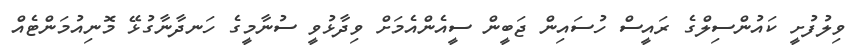
ވިލުފުށީ ކައުންސިލްގެ ރައީސް ހުސައިން ޖަބީން ސީއެންއެމަށް ވިދާޅުވީ ސުނާމީގެ ހަނދާނާގުޅޭ މޮނިއުމަންޓެއް